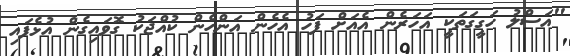
"އަސްލު ހަގީގަތަކީ އަހަރެން އެއަށް ފަހު އެހެން އަންހެން ކުއްޖަކު ގޮވައިގެން އުޅެފައި